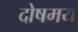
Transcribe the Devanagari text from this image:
दोषमय